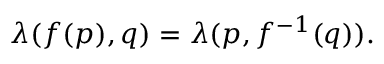
\lambda ( f ( p ) , q ) = \lambda ( p , f ^ { - 1 } ( q ) ) .